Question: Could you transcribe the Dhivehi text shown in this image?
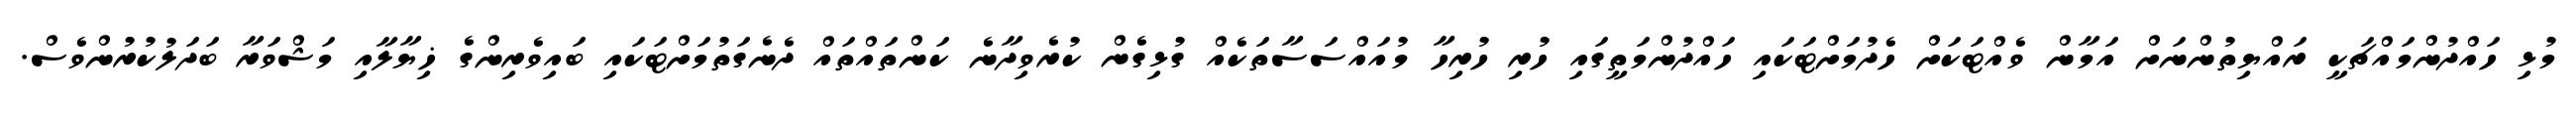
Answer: މުޅި ހައްދުންމައްޗަކީ ރައްޔިތުންނަށް އަމާން ވެއްޓަކަށް ހެދުމަށްޓަކައި ހައްދުންމަތީގައި ހުރި ހުރިހާ މުއައްސަސާތަކެއް ގުޅިގެން ކުރެވިދާނެ ކަންތައްތައް ދެނެގަތުމަށްޓަކައި ބައިވެރިންގެ ޚިޔާލާއި މަޝްވަރާ ބަދަލުކުރުންވެސް.